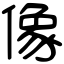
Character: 像